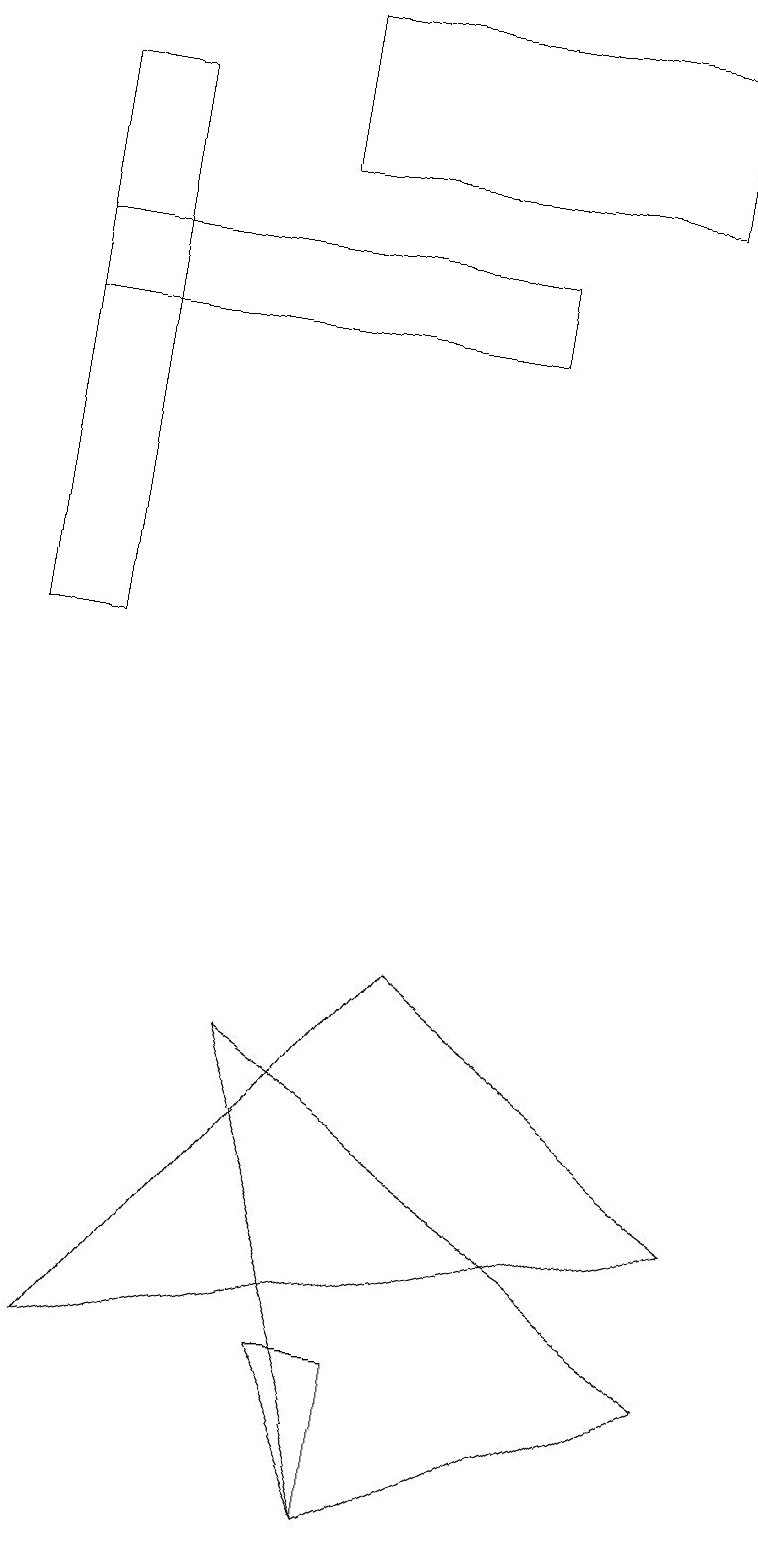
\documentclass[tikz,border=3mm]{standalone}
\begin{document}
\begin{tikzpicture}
\draw (5,7) -- (1,2) -- (9,4) -- cycle;
\draw (5,0) -- (3,6) -- (9,2) -- cycle;
\draw (6,15) rectangle (0,16);
\draw (8,19) rectangle (3,17);
\draw (1,18) rectangle (0,11);
\draw (4,2) -- (5,2) -- (5,0) -- cycle;
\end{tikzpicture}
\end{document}